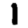
Digit: 1